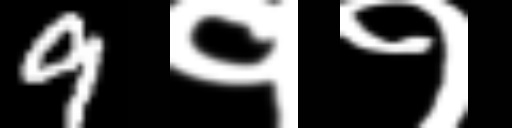
Text: 9११